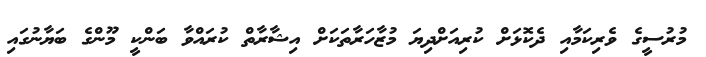
މުރުސީގެ ވެރިކަމާއި ދެކޮޅަށް ކުރިއަށްދިޔަ މުޒާހަރާތަކަށް އިޝާރާތް ކުރައްވާ ބަންކީ މޫންގެ ބަޔާނުގައި